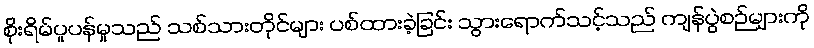
စိုးရိမ်ပူပန်မှုသည် သစ်သားတိုင်များ ပစ်ထားခဲ့ခြင်း သွားရောက်သင့်သည် ကျန်ပွဲစဉ်များကို